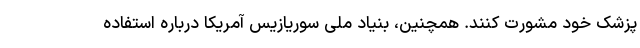
پزشک خود مشورت کنند. همچنین، بنیاد ملی سوریازیس آمریکا درباره استفاده